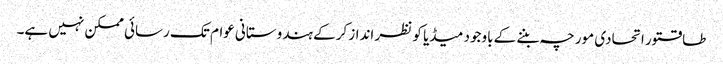
طاقتور اتحادی مورچہ بننے کے باوجود میڈیا کو نظر انداز کرکے ہندوستانی عوام تک رسائی ممکن نہیں ہے۔